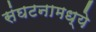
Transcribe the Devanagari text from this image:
संघटनामध्ये